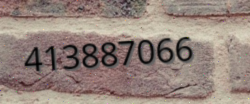
413887066